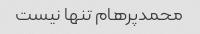
محمدپرهام تنها نیست